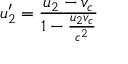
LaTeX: u _ { 2 } ^ { \prime } = { \frac { u _ { 2 } - v _ { c } } { 1 - { \frac { u _ { 2 } v _ { c } } { c ^ { 2 } } } } }